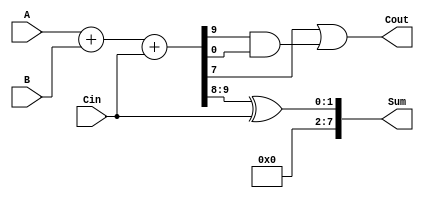
module CarrySkipLookAheadAdder (
    input [7:0] A, B,
    input Cin,
    output [7:0] Sum,
    output Cout
);

reg [7:0] P, G, C, Cin_n, C_n;

assign {P, G} = A + B + Cin;
assign Cout = G[7] | (P[7] & G[6]) | (P[6] & G[5]) | (P[5] & G[4]) | (P[4] & G[3]) | (P[3] & G[2]) | (P[2] & G[1]) | (P[1] & G[0]);
assign Sum = P ^ Cin_n;

always @(*) begin
    Cin_n = Cin;
    C_n = G | (P & C);
end

assign C = C_n;

endmodule